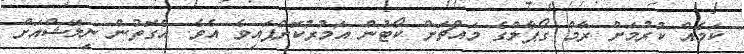
ކަމެއް ކުރުމަށް ރާމް ގޯޕާލްގެ މައްޗަށް ކޯޓުން އަމުރުކޮށްފައިވެ އެވެ. އެގޮތުން ނިލޭޝްއަށް